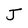
Character: J